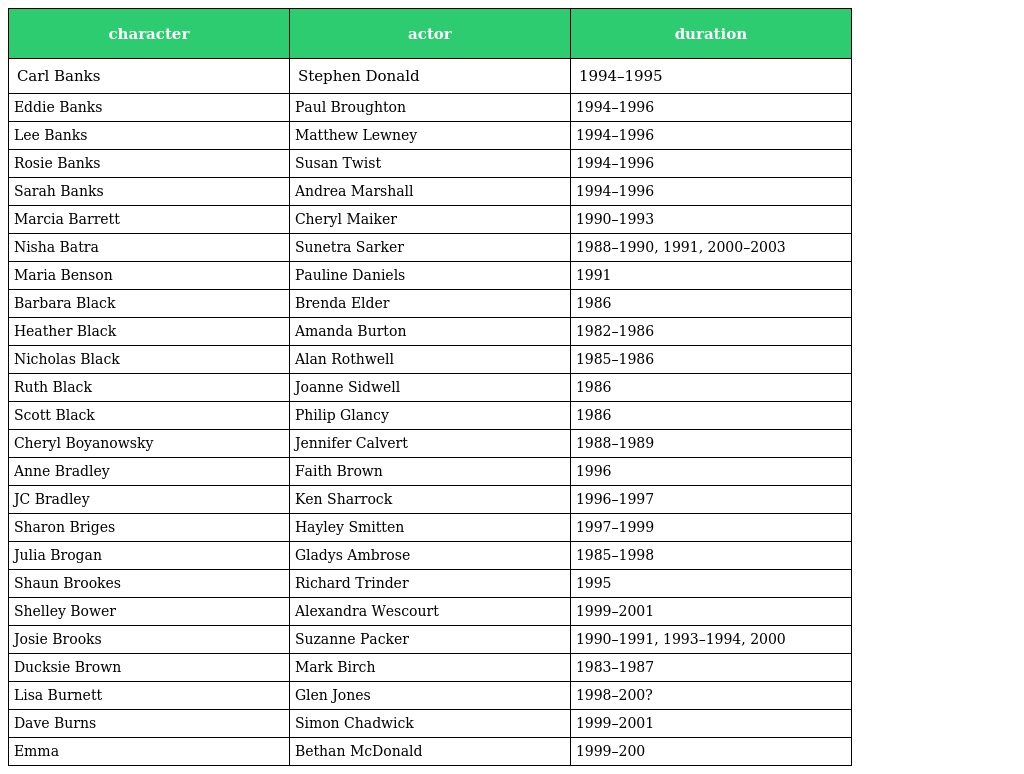
| character | actor | duration |
 | --- | --- | --- |
 | Carl Banks | Stephen Donald | 1994–1995 |
 | Eddie Banks | Paul Broughton | 1994–1996 |
 | Lee Banks | Matthew Lewney | 1994–1996 |
 | Rosie Banks | Susan Twist | 1994–1996 |
 | Sarah Banks | Andrea Marshall | 1994–1996 |
 | Marcia Barrett | Cheryl Maiker | 1990–1993 |
 | Nisha Batra | Sunetra Sarker | 1988–1990, 1991, 2000–2003 |
 | Maria Benson | Pauline Daniels | 1991 |
 | Barbara Black | Brenda Elder | 1986 |
 | Heather Black | Amanda Burton | 1982–1986 |
 | Nicholas Black | Alan Rothwell | 1985–1986 |
 | Ruth Black | Joanne Sidwell | 1986 |
 | Scott Black | Philip Glancy | 1986 |
 | Cheryl Boyanowsky | Jennifer Calvert | 1988–1989 |
 | Anne Bradley | Faith Brown | 1996 |
 | JC Bradley | Ken Sharrock | 1996–1997 |
 | Sharon Briges | Hayley Smitten | 1997–1999 |
 | Julia Brogan | Gladys Ambrose | 1985–1998 |
 | Shaun Brookes | Richard Trinder | 1995 |
 | Shelley Bower | Alexandra Wescourt | 1999–2001 |
 | Josie Brooks | Suzanne Packer | 1990–1991, 1993–1994, 2000 |
 | Ducksie Brown | Mark Birch | 1983–1987 |
 | Lisa Burnett | Glen Jones | 1998–200? |
 | Dave Burns | Simon Chadwick | 1999–2001 |
 | Emma | Bethan McDonald | 1999–200 |